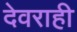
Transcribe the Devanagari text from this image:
देवराही